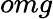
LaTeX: omg